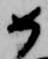
如